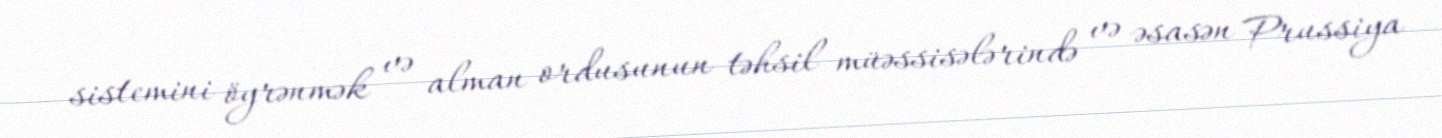
sistemini öyrənmək və alman ordusunun təhsil müəssisələrində və əsasən Prussiya